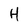
Character: H